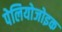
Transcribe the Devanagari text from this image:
पेलियोजोइक